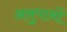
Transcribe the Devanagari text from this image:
अनुपानों